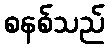
စနစ်သည်